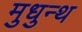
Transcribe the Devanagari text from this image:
मुधुन्थ